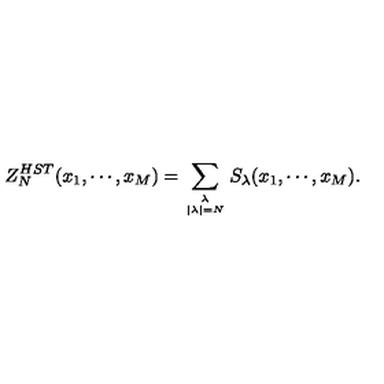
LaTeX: Z _ { N } ^ { H S T } ( x _ { 1 } , \cdots , x _ { M } ) = \sum _ { { \lambda \atop | \lambda | = N } } S _ { \lambda } ( x _ { 1 } , \cdots , x _ { M } ) .